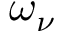
\omega _ { \nu }